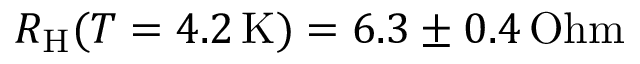
R _ { \mathrm { H } } ( T = 4 . 2 \, \mathrm { K } ) = 6 . 3 \pm 0 . 4 \, \mathrm { O h m }